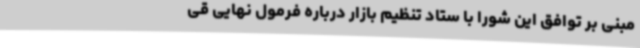
مبنی بر توافق این شورا با ستاد تنظیم بازار درباره‌ فرمول نهایی قی